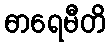
ဓာရေမီတိ